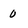
Character: 0